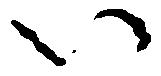
い